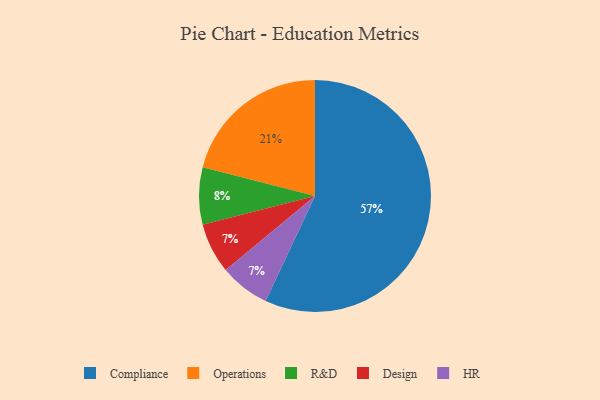
{"axis": {"x": "Category", "y": "Percentage"}, "legend": ["Compliance", "Design", "HR", "Operations", "R&D"], "data": [{"x": "Operations", "y": 21, "type": "Operations"}, {"x": "Compliance", "y": 57, "type": "Compliance"}, {"x": "Design", "y": 7, "type": "Design"}, {"x": "HR", "y": 7, "type": "HR"}, {"x": "R&D", "y": 8, "type": "R&D"}]}